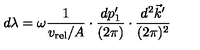
d \lambda = \omega { \frac { 1 } { v _ { \mathrm { r e l } } / A } } \cdot { \frac { d p _ { 1 } ^ { \prime } } { ( 2 \pi ) } } \cdot { \frac { d ^ { 2 } \vec { k } ^ { \prime } } { ( 2 \pi ) ^ { 2 } } }